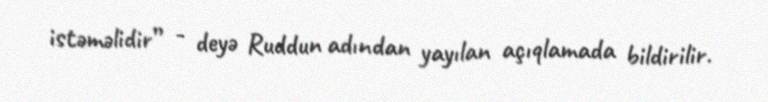
istəməlidir” - deyə Ruddun adından yayılan açıqlamada bildirilir.